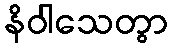
နိဝါသေတွာ